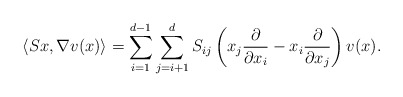
\begin{align*} \left\langle Sx,\nabla v(x)\right\rangle=\sum_{i=1}^{d-1}\sum_{j=i+1}^{d}S_{ij}\left(x_j\frac{\partial}{\partial x_i}-x_i\frac{\partial}{\partial x_j}\right)v(x).\end{align*}